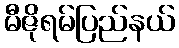
မီဇိုရမ်ပြည်နယ်